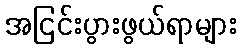
အငြင်းပွားဖွယ်ရာများ